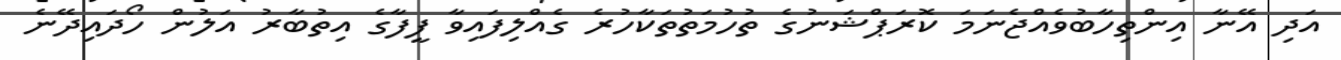
އަދި އޭނާ އިންތިހާބުވެއްޖެނަމަ ކޮރަޕްޝަނުގެ ތުހުމަތުތަކާހުރެ ގެއްލިފައިވާ ފީފާގެ އިތުބާރު އަލުން ހޯދައިދޭނެ